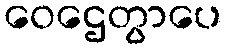
ဝေဌေတွာပေ